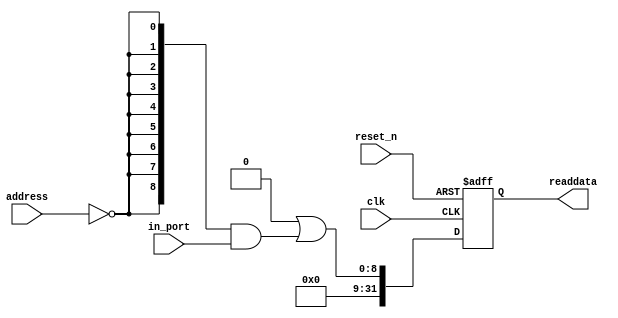
module jaxa_receiveFIFODataOut (
                                  address,
                                  clk,
                                  in_port,
                                  reset_n,
                                  readdata
                               )
;
  output  [ 31: 0] readdata;
  input   [  1: 0] address;
  input            clk;
  input   [  8: 0] in_port;
  input            reset_n;
wire             clk_en;
wire    [  8: 0] data_in;
wire    [  8: 0] read_mux_out;
reg     [ 31: 0] readdata;
  assign clk_en = 1;
  assign read_mux_out = {9 {(address == 0)}} & data_in;
  always @(posedge clk or negedge reset_n)
    begin
      if (reset_n == 0)
          readdata <= 0;
      else if (clk_en)
          readdata <= {32'b0 | read_mux_out};
    end
  assign data_in = in_port;
endmodule